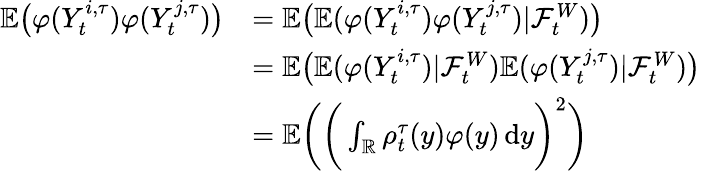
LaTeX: \begin{array}{rl}{\mathbb{E}\big(\varphi(Y_{t}^{i,\tau})\varphi(Y_{t}^{j,\tau})\big)}&{=\mathbb{E}\big(\mathbb{E}(\varphi(Y_{t}^{i,\tau})\varphi(Y_{t}^{j,\tau})|\mathcal{F}_{t}^{W})\big)}\\ &{=\mathbb{E}\big(\mathbb{E}(\varphi(Y_{t}^{i,\tau})|\mathcal{F}_{t}^{W})\mathbb{E}(\varphi(Y_{t}^{j,\tau})|\mathcal{F}_{t}^{W})\big)}\\ &{=\mathbb{E}\bigg(\bigg(\int_{\mathbb{R}}\rho_{t}^{\tau}(y)\varphi(y)\, \mathrm{d}y\bigg)^{2}\bigg)}\end{array}